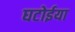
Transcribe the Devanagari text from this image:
घटोईया